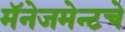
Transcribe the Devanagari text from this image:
मॅनेजमेन्टचे